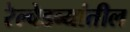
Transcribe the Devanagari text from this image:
रेल्वेडब्यांतील